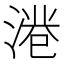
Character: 𱧺